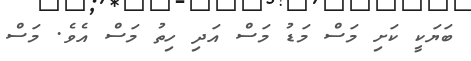
ބަޔަކީ ކަށި މަސް މަޑު މަސް އަދި ހިތު މަސް އެވެ. މަސް